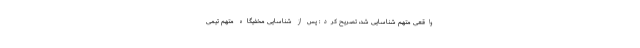
واقعی متهم شناسایی شد، تصریح کرد: پس از شناسایی مخفیگاه متهم تیمی